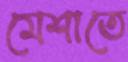
মেশাতে